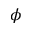
\phi